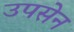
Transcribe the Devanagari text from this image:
उपसेन